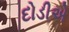
દોડીએ